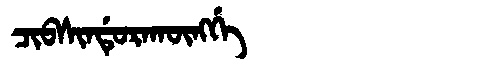
Manchu: ᠴᡳᠪᠰᡳᠨᡩᡠᡵᠠᡴᡡᠩᡤᡝ
Romanization: CIBSINDURAKŪNGGE